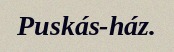
Puskás-ház.